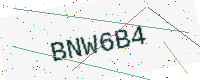
Text: BNW6B4